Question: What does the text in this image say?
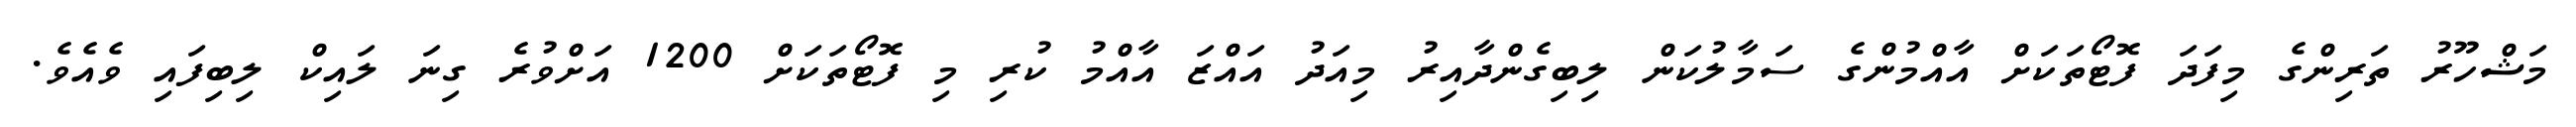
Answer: މަޝްހޫރު ތަރިންގެ މިފަދަ ފޮޓޯތަކަށް އާއްމުންގެ ސަމާލުކަން ލިބިގެންދާއިރު މިއަދު އައްޒަ އާއްމު ކުރި މި ފޮޓޯތަކަށް 1200 އަށްވުރެ ގިނަ ލައިކް ލިބިފައި ވެއެވެ.